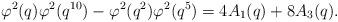
LaTeX: \begin{align*}\varphi^2(q)\varphi^2(q^{10})-\varphi^2(q^2)\varphi^2(q^5)=4A_1(q)+8A_3(q).\end{align*}